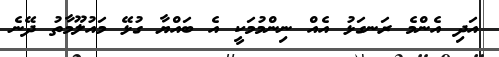
އަދި އެންމެ ރަނގަޅު އެއް ނިންމުމަކީ އެ ބައްޔާ ގުޅޭ މައުލޫމާތު ދޭނެ